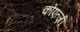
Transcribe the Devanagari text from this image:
कोएत्ज़ी